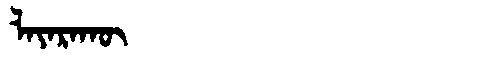
Manchu: ᠯᠠᠶᠠᡵᠠᡴᡡ
Romanization: LAYARAKŪ